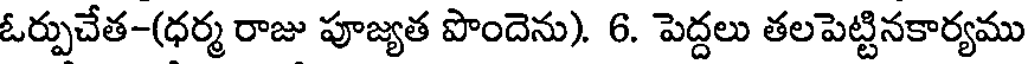
ఓర్పుచేత-(ధర్మ రాజు పూజ్యత పొందెను). 6. పెద్దలు తలపెట్టినకార్యము